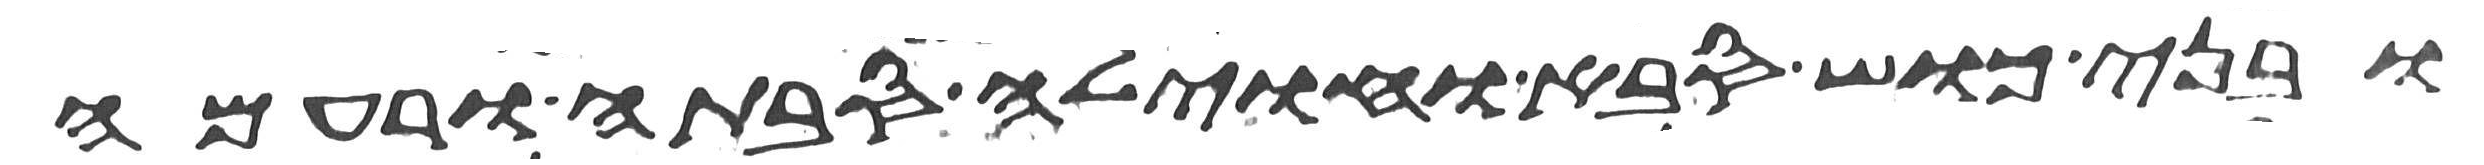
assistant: ובני כוש סבה וחוילה סבתה ורעמה